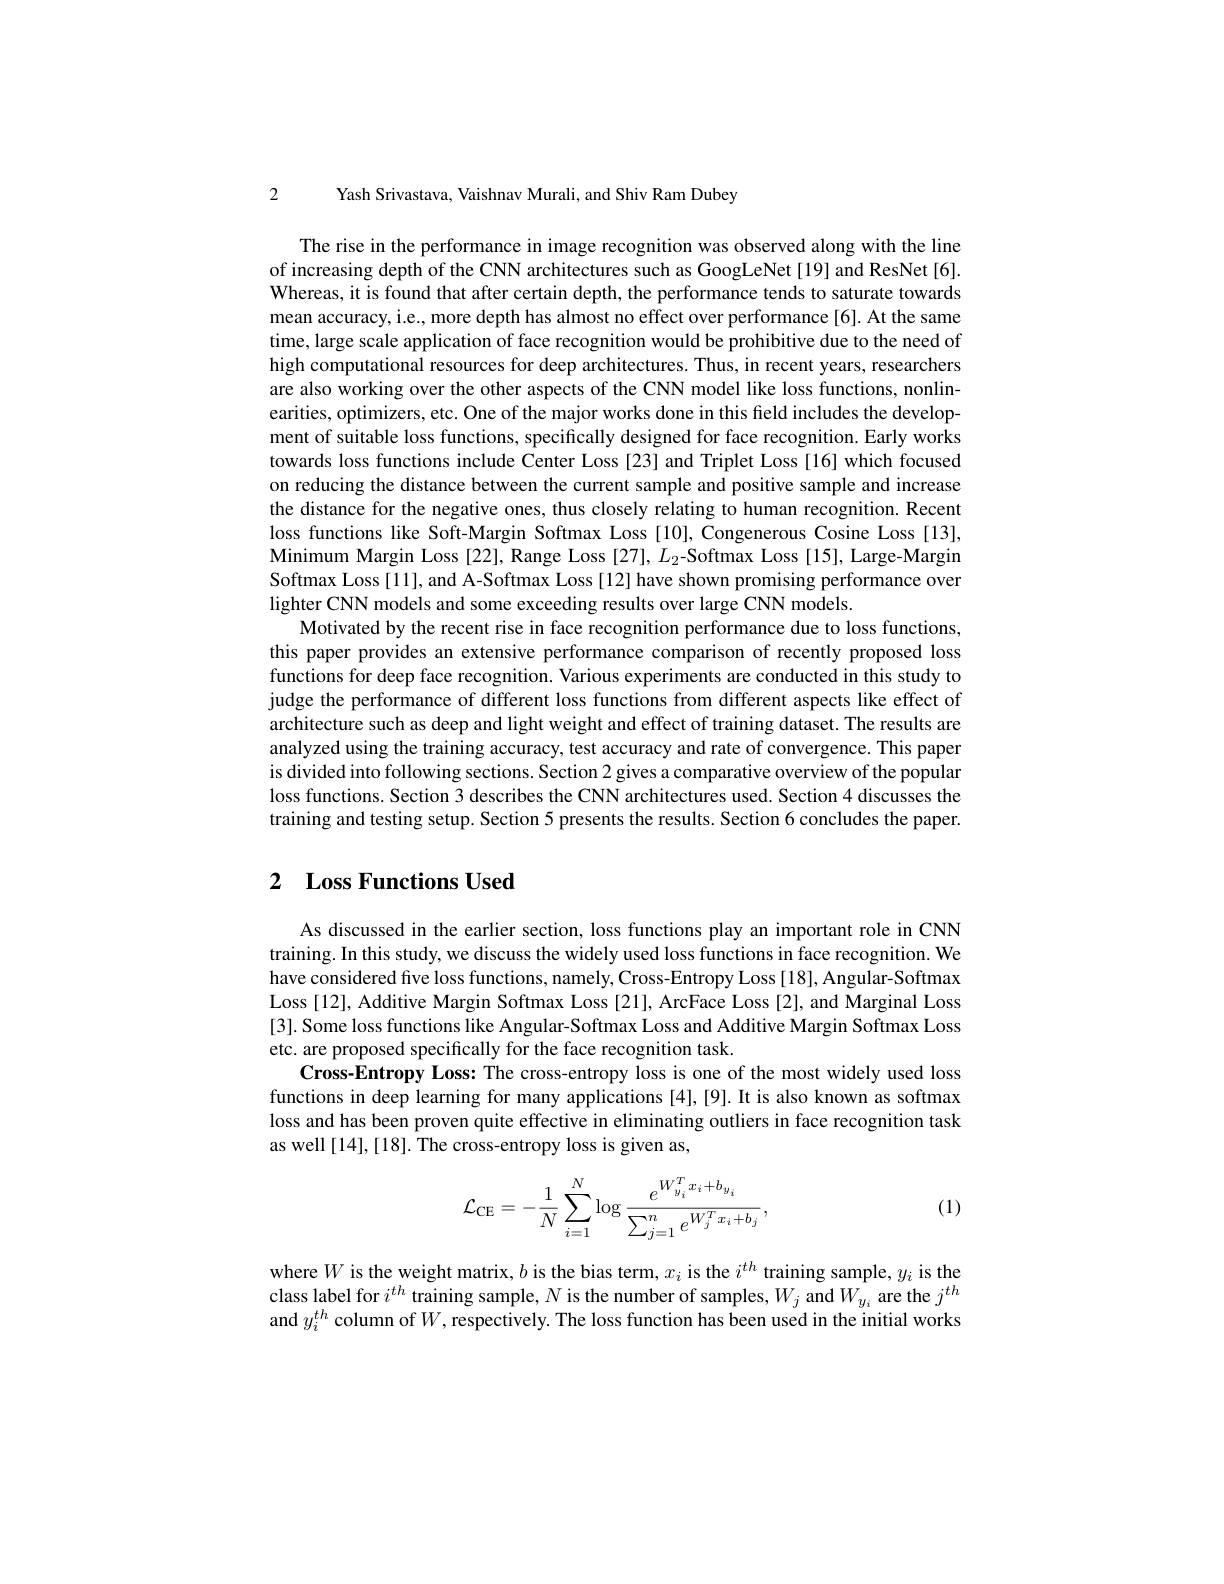
2

Yash Srivastava, Vaishnav Murali, and Shiv Ram Dubey

The rise in the performance in image recognition was observed along with the line of increasing depth of the CNN architectures such as GoogLeNet[19] and ResNet[6]. Whereas, it is found that after certain depth, the performance tends to saturate towards mean accuracy, i.e., more depth has almost no effect over performance[6]. At the same time, large scale application of face recognition would be prohibitive due to the need of high computational resources for deep architectures. Thus, in recent years, researchers are also working over the other aspects of the CNN model like loss functions, nonlinearities, optimizers, etc. One of the major works done in this field includes the development of suitable loss functions, specifically designed for face recognition. Early works towards loss functions include Center Loss [23] and Triplet Loss [16] which focused on reducing the distance between the current sample and positive sample and increase the distance for the negative ones, thus closely relating to human recognition. Recent loss functions like Soft-Margin Softmax Loss [10], Congenerous Cosine Loss [13], Minimum Margin Loss [22], Range Loss [27], $L_2$-Softmax Loss [15], Large-Margin Softmax Loss[11], and A-Softmax Loss[12] have shown promising performance over lighter CNN models and some exceeding results over large CNN models.
Motivated by the recent rise in face recognition performance due to loss functions, this paper provides an extensive performance comparison of recently proposed loss functions for deep face recognition. Various experiments are conducted in this study to judge the performance of different loss functions from different aspects like effect of architecture such as deep and light weight and effect of training dataset. The results are analyzed using the training accuracy, test accuracy and rate of convergence. This paper is divided into following sections. Section 2 gives a comparative overview of the popular loss functions. Section 3 describes the CNN architectures used. Section 4 discusses the training and testing setup. Section 5 presents the results. Section 6 concludes the paper.

# 2 Loss Functions Used

As discussed in the earlier section, loss functions play an important role in CNN training. In this study, we discuss the widely used loss functions in face recognition. We have considered five loss functions, namely, Cross-Entropy Loss [18], Angular-Softmax Loss [12], Additive Margin Softmax Loss [21], ArcFace Loss [2], and Marginal Loss [3]. Some loss functions like Angular-Softmax Loss and Additive Margin Softmax Loss etc. are proposed specifically for the face recognition task
Cross-Entropy Loss: The cross-entropy loss is one of the most widely used loss functions in deep learning for many applications [4],[9]. It is also known as softmax loss and has been proven quite effective in eliminating outliers in face recognition task as well [14],[18]. The cross-entropy loss is given as,
$$\mathcal{L}_{\mathrm{CE}}=-\frac{1}{N}\sum_{i=1}^{N}\log\frac{e^{W_{y_{i}}^{T}x_{i}+b_{y_{i}}}}{\sum_{j=1}^{n}e^{W_{j}^{T}x_{i}+b_{j}}},$$
(1)

where$W$ is the weight matrix, $b$ is the bias term, $x_i$ is the $i^th$ training sample, $y_i$ is the class label for $i^{th}$ training sample, $N$ is the number of samples, $W_j$ and $W_y_i$ are the $j^{th}$ and $y_i^{th}$ column of $W$,respectively. The loss function has been used in the initial works